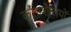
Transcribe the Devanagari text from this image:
कलाशैलियों